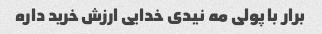
برار با پولی مه نیدی خدایی ارزش خرید داره